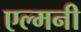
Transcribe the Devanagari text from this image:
एल्मनी